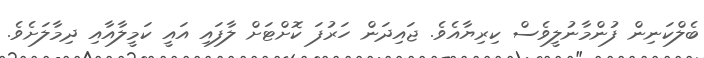
ބެލްކަނިން ފުންމާނުލީވެސް ކިރިޔާއެވެ. ޖައިދަން ހަރުފަ ކޮށްޓަށް ލާފައި އައީ ކަމީލާއާއި ދިމާލަށެވެ.